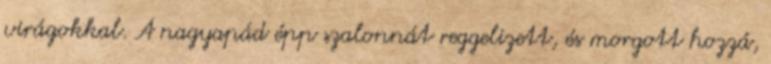
virágokkal. A nagyapád épp szalonnát reggelizett, és morgott hozzá,